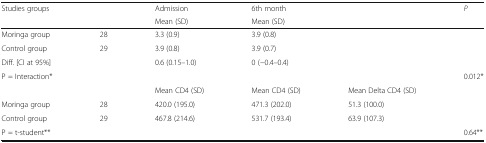
<table><thead><tr><td><b>Studies groups</b></td><td rowspan="2"></td><td><b>Admission</b></td><td><b>6th month</b></td><td rowspan="2"></td><td rowspan="2"><b><i>P</i></b></td></tr><tr><td></td><td><b>Mean (SD)</b></td><td><b>Mean (SD)</b></td></tr></thead><tbody><tr><td>Moringa group</td><td>28</td><td>3.3 (0.9)</td><td>3.9 (0.8)</td><td></td><td></td></tr><tr><td>Control group</td><td>29</td><td>3.9 (0.8)</td><td>3.9 (0.7)</td><td></td><td></td></tr><tr><td>Diff. [CI at 95%]</td><td></td><td>0.6 (0.15–1.0)</td><td>0 (−0.4–0.4)</td><td></td><td></td></tr><tr><td>P = Interaction*</td><td></td><td></td><td></td><td></td><td>0.012*</td></tr><tr><td></td><td></td><td>Mean CD4 (SD)</td><td>Mean CD4 (SD)</td><td>Mean Delta CD4 (SD)</td><td></td></tr><tr><td>Moringa group</td><td>28</td><td>420.0 (195.0)</td><td>471.3 (202.0)</td><td>51.3 (100.0)</td><td></td></tr><tr><td>Control group</td><td>29</td><td>467.8 (214.6)</td><td>531.7 (193.4)</td><td>63.9 (107.3)</td><td></td></tr><tr><td>P = t-student**</td><td></td><td></td><td></td><td></td><td>0.64**</td></tr></tbody></table>